Report on the working of the Ranchi Indian Mental Hospital, Kanke, in Bihar and Orissa - 1930-1940
Year: 1930
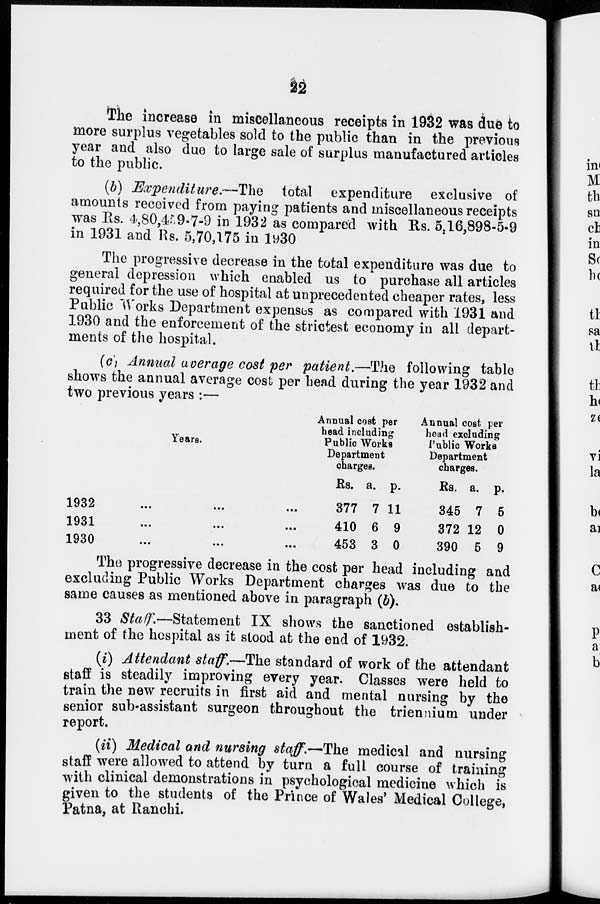
22
The increase in miscellaneous receipts in 1932 was due to
more surplus vegetables sold to the public than in the previous
year and also due to large sale of surplus manufactured articles
to the public.
(b) Expenditure.—The
total expenditure exclusive of
amounts received from paying patients and miscellaneous receipts
was Rs. 4,80,459-7-9 in 1932 as compared with Rs. 5,16,898-5-9
in 1931 and Rs. 5,70,175 in 1930
The progressive decrease in the total expenditure was due to
general depression which enabled us to purchase all articles
required for the use of hospital at unprecedented cheaper rates, less
Public Works Department expenses as compared with 1931 and
1930 and the enforcement of the strictest economy in all depart-
ments of the hospital.
(c) Annual average cost per patient.—The following table
shows the annual average cost per head during the year 1932 and
two previous years :—
Years.
1932 ... ... ...
1931 ... ... ...
1930 ... ... ...
Annual cost per
head including
Public Works
Department
charges.
Rs.
377
410
453
a.
7
6
3
p.
11
9
0
Annual cost per
head excluding
Public Works
Department
charges.
Rs.
345
372
390
a.
7
12
5
p.
5
0
9
The progressive decrease in the cost per head including and
excluding Public Works Department charges was due to the
same causes as mentioned above in paragraph (b).
33 Staff.—Statement IX shows the sanctioned establish-
ment of the hospital as it stood at the end of 1932.
(i) Attendant staff.—The standard of work of the attendant
staff is steadily improving every year. Classes were held to
train the new recruits in first aid and mental nursing by the
senior sub-assistant surgeon throughout the triennium under
report.
(ii) Medical and nursing staff.—The medical and nursing
staff were allowed to attend by turn a full course of training
with clinical demonstrations in psychological medicine which is
given to the students of the Prince of Wales' Medical College,
Patna, at Ranchi.